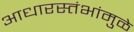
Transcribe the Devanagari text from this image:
आधारस्तंभांमुळे